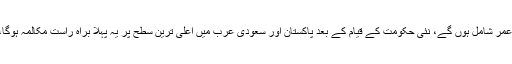
جس میں وزیر خارجہ شاہ محمود قریشی اور وزیر خزانہ اسد عمر شامل ہوں گے، نئی حکومت کے قیام کے بعد پاکستان اور سعودی عرب میں اعلیٰ ترین سطح پر یہ پہلا براہ راست مکالمہ ہوگا،سعودیہ ساڑھے پانچ ارب ڈالر فراہم کرنے پر تیار ہو گیا ہے۔